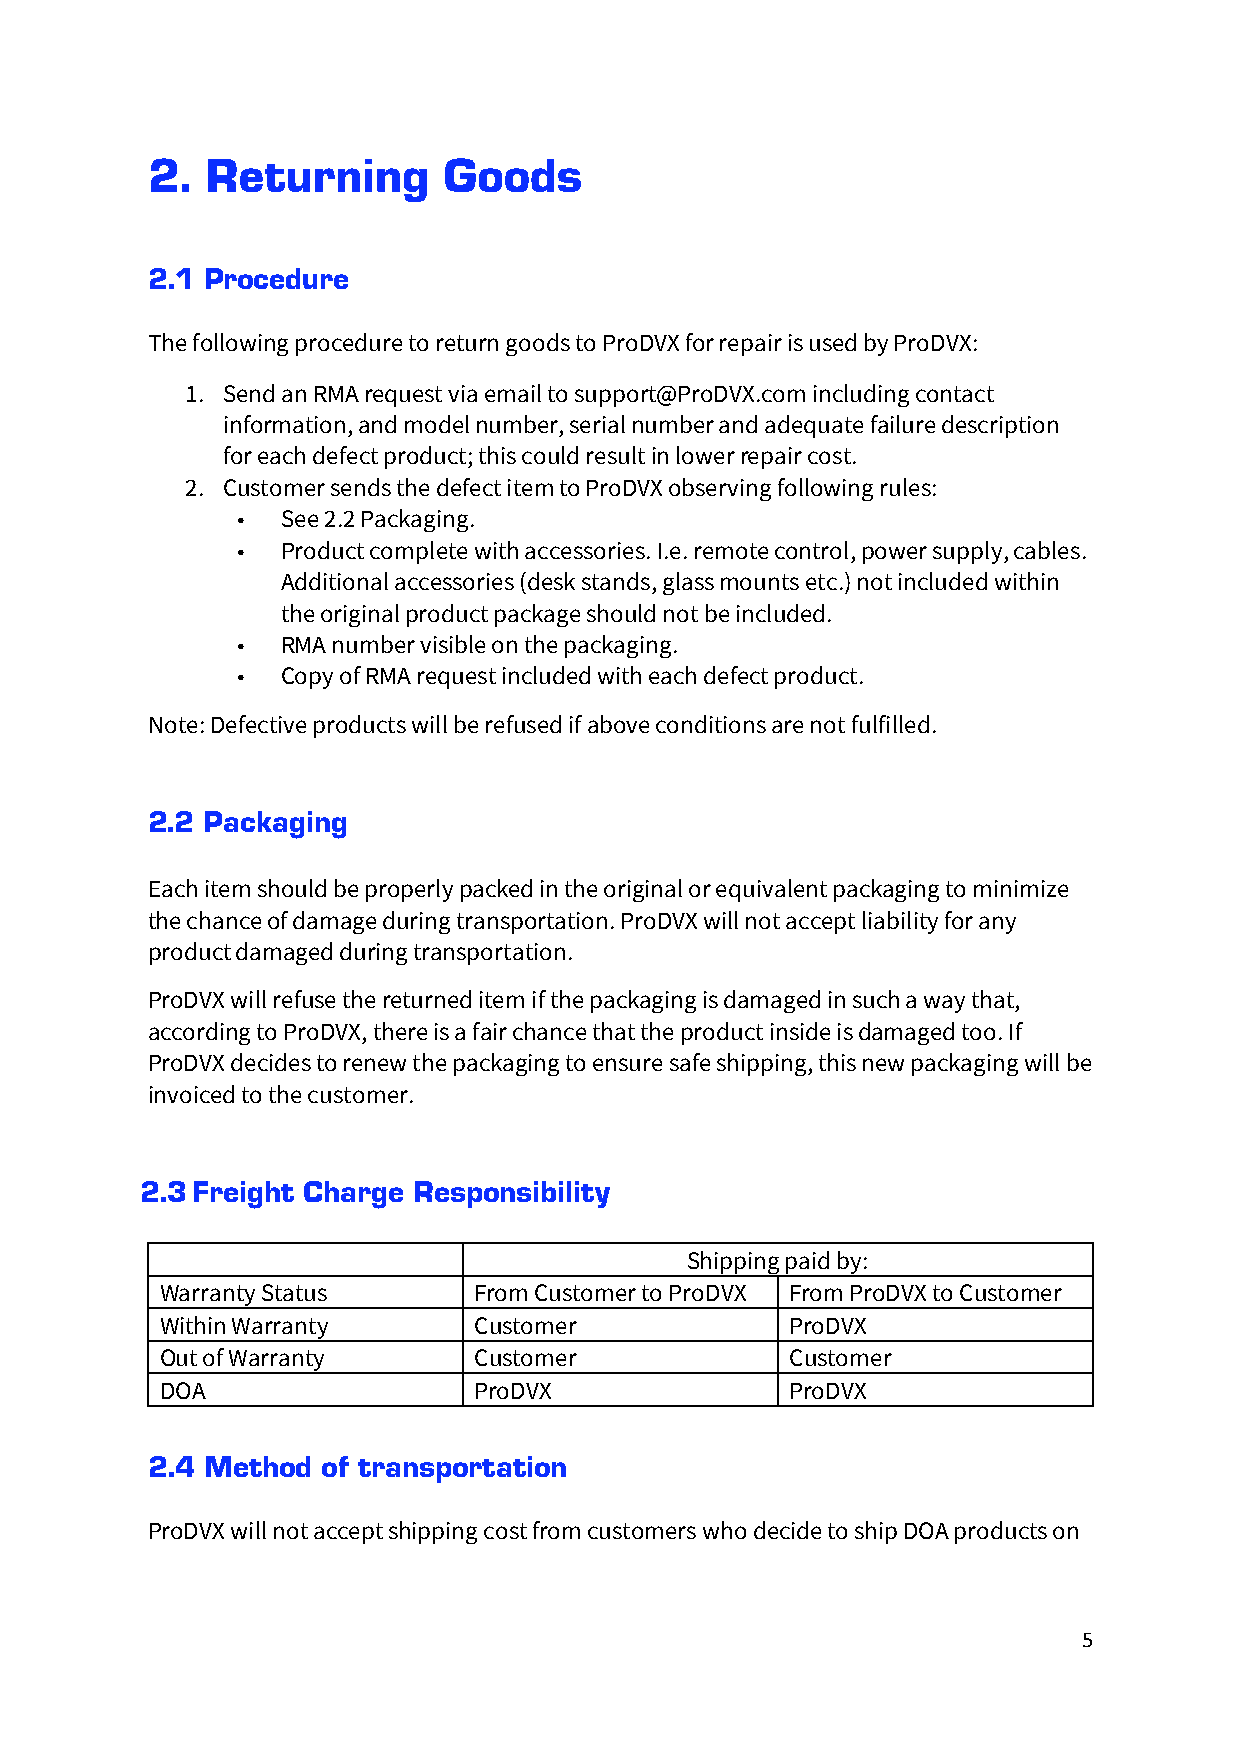
2.  Returning      Goods
 2.1 Procedure
 The following procedure to return goods to ProDVX for repair is used by ProDVX:
 1. Send an RMA request via email to support@ProDVX.com including contact
 information, and model number, serial number and adequate failure description
 for each defect product; this could result in lower repair cost.
 2. Customer sends the defect item to ProDVX observing following rules:
 •  See 2.2 Packaging.
 •  Product complete with accessories. I.e. remote control, power supply, cables.
 Additional accessories (desk stands, glass mounts etc.) not included within
 the original product package should not be included.
 •  RMA number visible on the packaging.
 •  Copy of RMA request included with each defect product.
 Note: Defective products will be refused if above conditions are not fulfilled.
 2.2 Packaging
 Each item should be properly packed in the original or equivalent packaging to minimize
 the chance of damage during transportation. ProDVX will not accept liability for any
 product damaged during transportation.
 ProDVX will refuse the returned item if the packaging is damaged in such a way that,
 according to ProDVX, there is a fair chance that the product inside is damaged too. If
 ProDVX decides to renew the packaging to ensure safe shipping, this new packaging will be
 invoiced to the customer.
 2.3 Freight Charge Responsibility
 Shipping paid by:
 Warranty Status     From Customer to ProDVX From ProDVX to Customer
 Within Warranty     Customer             ProDVX
 Out of Warranty     Customer             Customer
 DOA                 ProDVX               ProDVX
 2.4 Method of transportation
 ProDVX will not accept shipping cost from customers who decide to ship DOA products on
 5